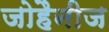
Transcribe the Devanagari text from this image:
जोहैनीज